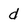
Character: d